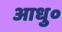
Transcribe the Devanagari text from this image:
आधु०